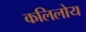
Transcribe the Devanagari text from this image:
कलिलोय